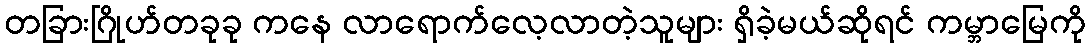
တခြားဂြိုဟ်တခုခု ကနေ လာရောက်လေ့လာတဲ့သူများ ရှိခဲ့မယ်ဆိုရင် ကမ္ဘာမြေကို